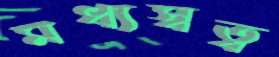
মধ্যস্বত্ব